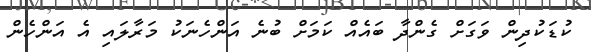
ކުޑަކުދިން ވަގަށް ގެންދާ ބައެއް ކަމަށް ބުނެ އަންހެނަކު މަރާލައި އެ އަންހެން